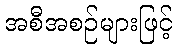
အစီအစဉ်များဖြင့်